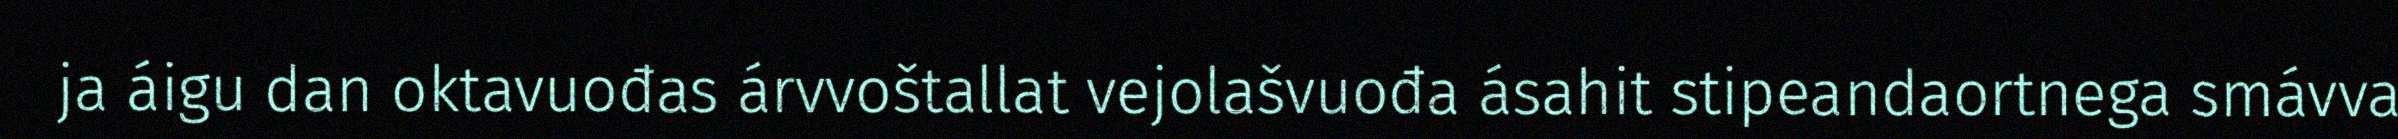
ja áigu dan oktavuođas árvvoštallat vejolašvuođa ásahit stipeandaortnega smávva